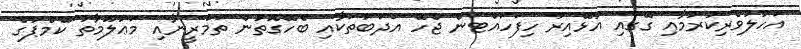
އަހުލުވެރިކުރުމާއި ގޭގައި އުޅޭއިރު ހިފަހައްޓަން ޖެހޭ އަދަބުތަކާއި ބެހޭގޮތުން ތަމްރީނާއި މަޢުލޫމާތު ކޭމެޕުގެ